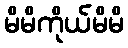
မိမိကိုယ်မိမိ